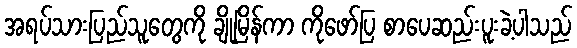
အရပ်သားပြည်သူတွေကို ချိုမြိန်ကာ ကိုဖော်ပြ စာပေဆည်းပူးခဲ့ပါသည်